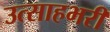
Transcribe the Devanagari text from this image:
उत्साहभरी